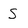
Character: S